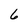
Character: 6